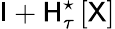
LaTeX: {\sf I}+{\sf H}_{\tau}^{\star}\left[\sf X\right]